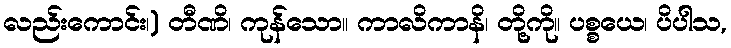
လည်းကောင်း၊) တီဏိ၊ ကုန်သော။ ကာလိကာနိ၊ တို့ကို။ ပစ္စယေ၊ ပိပါသ,